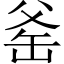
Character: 𪺛